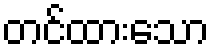
တင်ထားသော